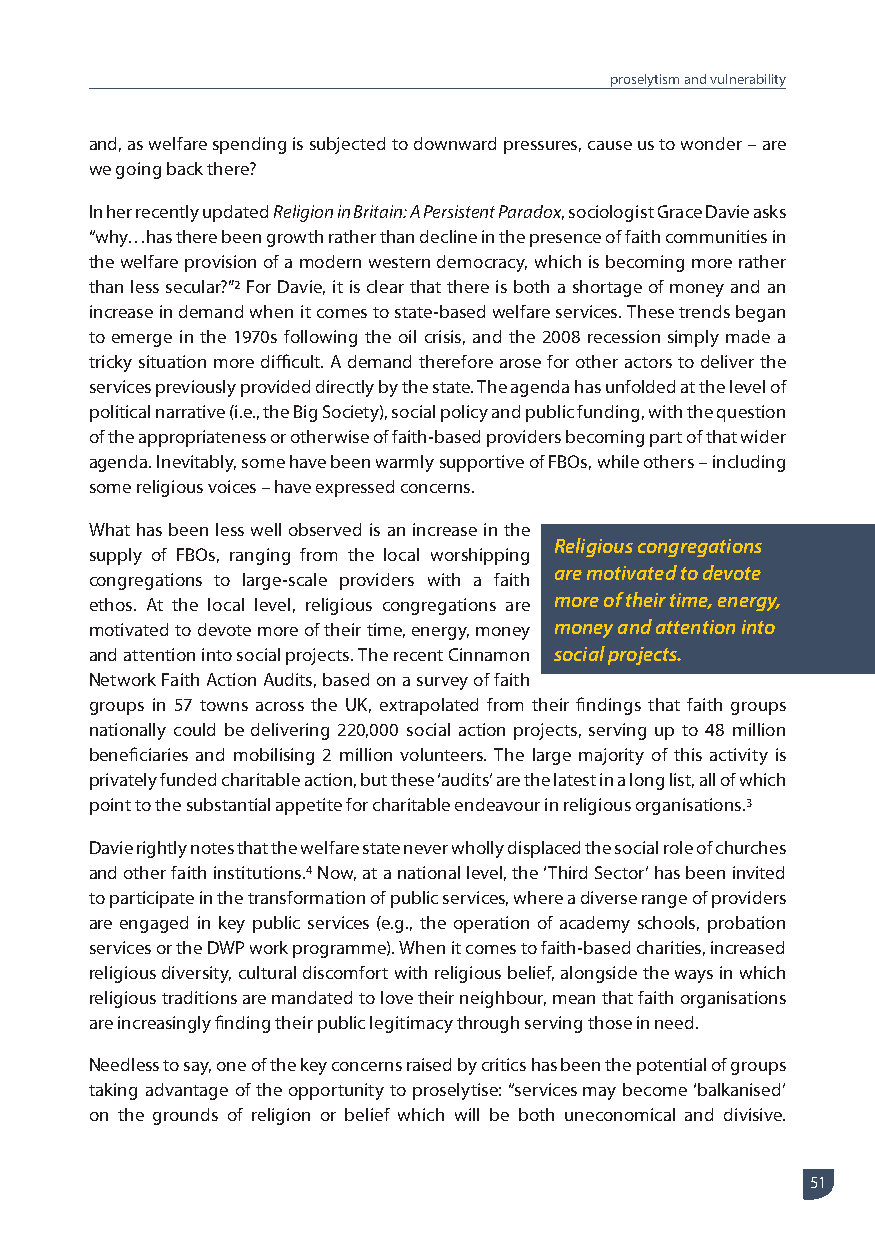
proselytism and vulnerability
 and, as welfare spending is subjected to downward pressures, cause us to wonder – are
 we going back there?
 In her recently updated Religion in Britain: A Persistent Paradox, sociologist Grace Davie asks
 “why…has there been growth rather than decline in the presence of faith communities in
 the welfare provision of a modern western democracy, which is becoming more rather
 than less secular?”2 For Davie, it is clear that there is both a shortage of money and an
 increase in demand when it comes to state-based welfare services. These trends began
 to emerge in the 1970s following the oil crisis, and the 2008 recession simply made a
 tricky situation more difficult. A demand therefore arose for other actors to deliver the
 services previously provided directly by the state. The agenda has unfolded at the level of
 political narrative (i.e., the Big Society), social policy and public funding, with the question
 of the appropriateness or otherwise of faith-based providers becoming part of that wider
 agenda. Inevitably, some have been warmly supportive of FBOs, while others – including
 some religious voices – have expressed concerns.
 What has been less well observed is an increase in the
 Religious congregations
 supply of FBOs, ranging from the local worshipping
 are motivated to devote
 congregations to large-scale providers with a faith
 ethos. At the local level, religious congregations are more of their time, energy,
 motivated to devote more of their time, energy, money money and attention into
 and attention into social projects. The recent Cinnamon social projects.
 Network Faith Action Audits, based on a survey of faith
 groups in 57 towns across the UK, extrapolated from their findings that faith groups
 nationally could be delivering 220,000 social action projects, serving up to 48 million
 beneficiaries and mobilising 2 million volunteers. The large majority of this activity is
 privately funded charitable action, but these ‘audits’ are the latest in a long list, all of which
 point to the substantial appetite for charitable endeavour in religious organisations.3
 Davie rightly notes that the welfare state never wholly displaced the social role of churches
 and other faith institutions.4 Now, at a national level, the ‘Third Sector’ has been invited
 to participate in the transformation of public services, where a diverse range of providers
 are engaged in key public services (e.g., the operation of academy schools, probation
 services or the DWP work programme). When it comes to faith-based charities, increased
 religious diversity, cultural discomfort with religious belief, alongside the ways in which
 religious traditions are mandated to love their neighbour, mean that faith organisations
 are increasingly finding their public legitimacy through serving those in need.
 Needless to say, one of the key concerns raised by critics has been the potential of groups
 taking advantage of the opportunity to proselytise: “services may become ‘balkanised’
 on the grounds of religion or belief which will be both uneconomical and divisive.
 51